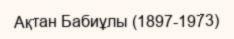
Ақтан Бабиұлы (1897-1973)